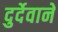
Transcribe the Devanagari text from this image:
दुर्देवाने